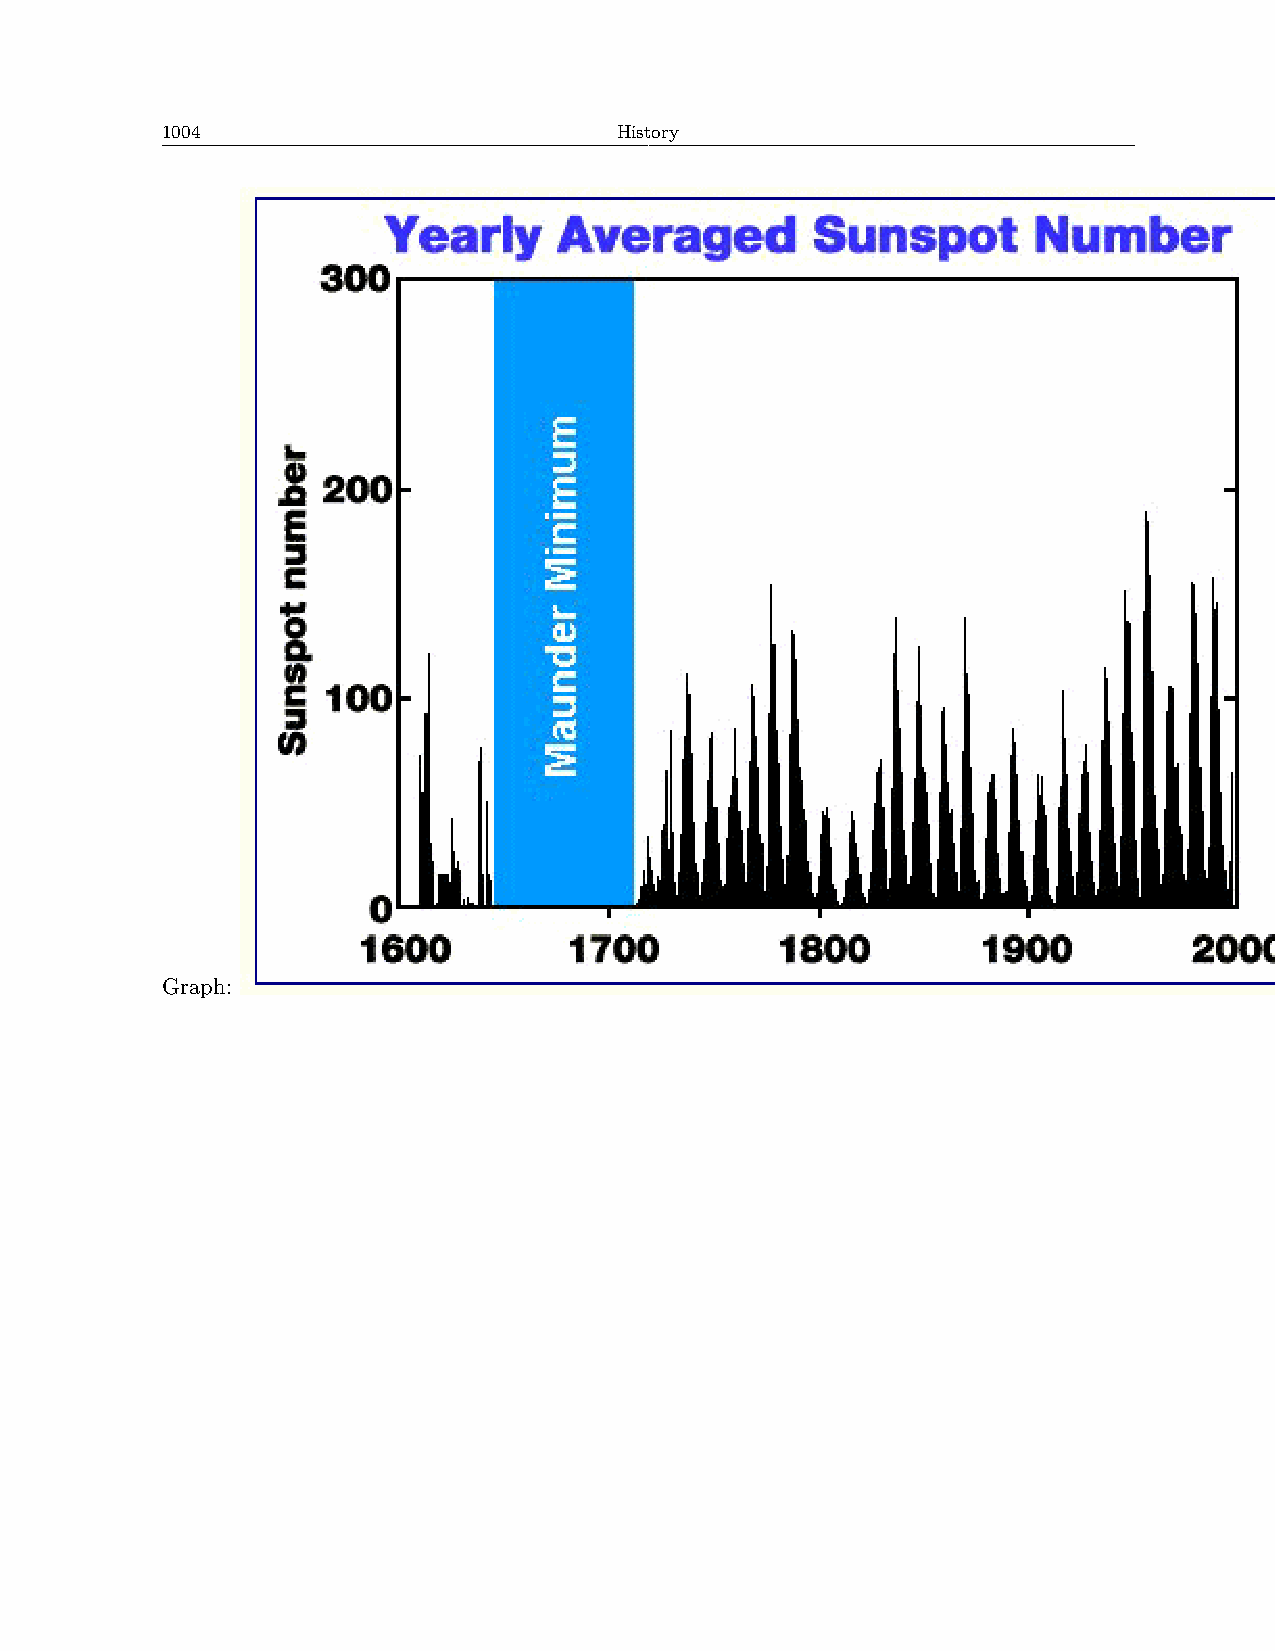
1004                          History
 Graph: